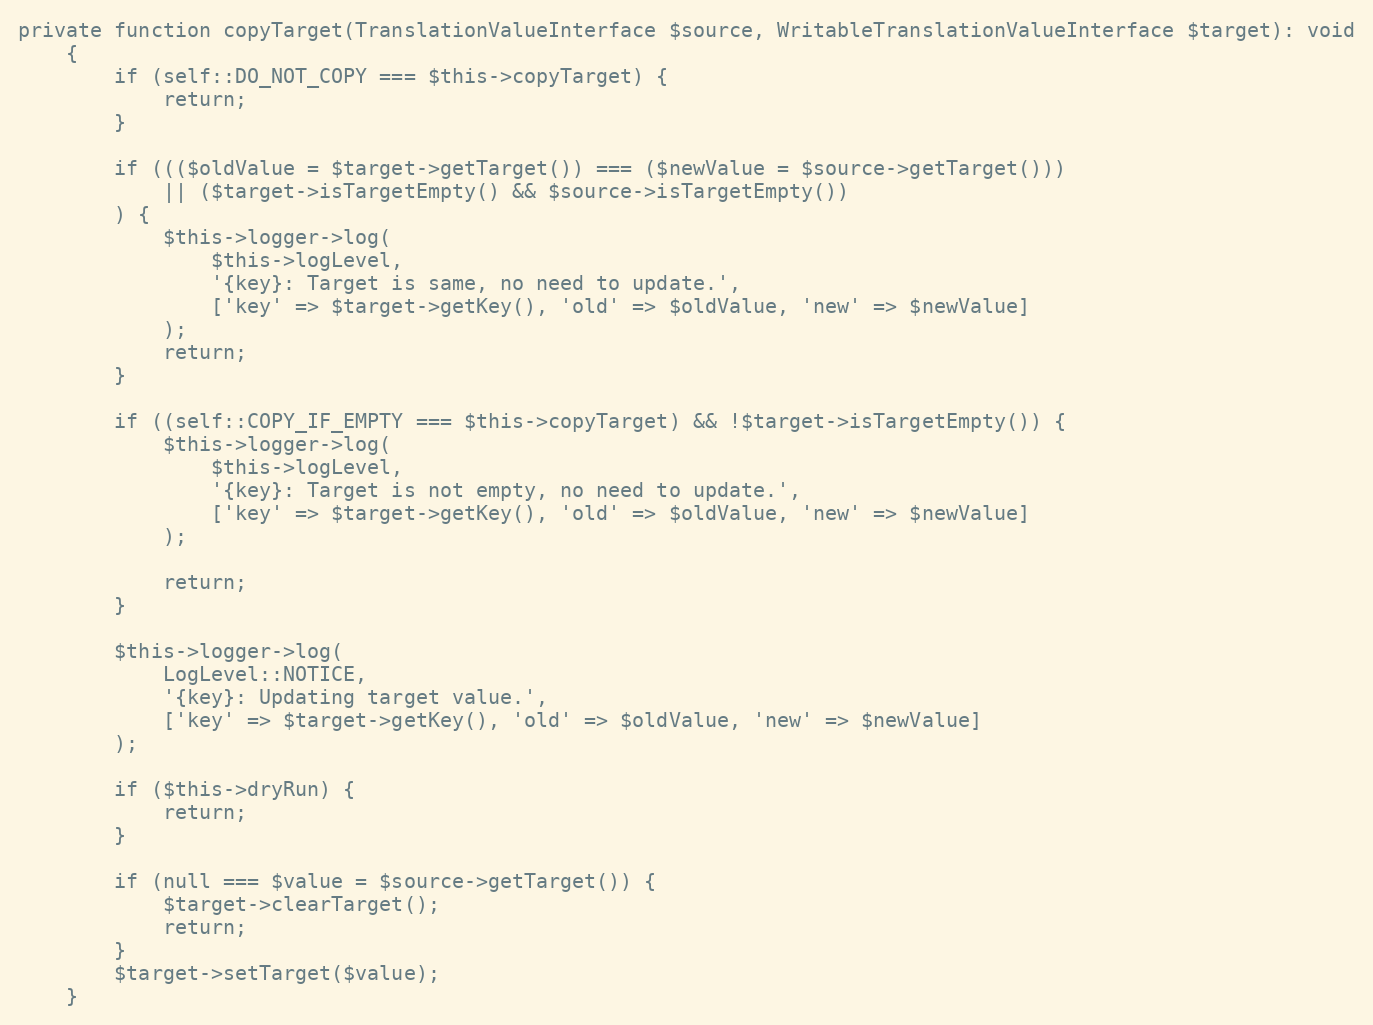
Language: PHP
private function copyTarget(TranslationValueInterface $source, WritableTranslationValueInterface $target): void
    {
        if (self::DO_NOT_COPY === $this->copyTarget) {
            return;
        }

        if ((($oldValue = $target->getTarget()) === ($newValue = $source->getTarget()))
            || ($target->isTargetEmpty() && $source->isTargetEmpty())
        ) {
            $this->logger->log(
                $this->logLevel,
                '{key}: Target is same, no need to update.',
                ['key' => $target->getKey(), 'old' => $oldValue, 'new' => $newValue]
            );
            return;
        }

        if ((self::COPY_IF_EMPTY === $this->copyTarget) && !$target->isTargetEmpty()) {
            $this->logger->log(
                $this->logLevel,
                '{key}: Target is not empty, no need to update.',
                ['key' => $target->getKey(), 'old' => $oldValue, 'new' => $newValue]
            );

            return;
        }

        $this->logger->log(
            LogLevel::NOTICE,
            '{key}: Updating target value.',
            ['key' => $target->getKey(), 'old' => $oldValue, 'new' => $newValue]
        );

        if ($this->dryRun) {
            return;
        }

        if (null === $value = $source->getTarget()) {
            $target->clearTarget();
            return;
        }
        $target->setTarget($value);
    }